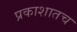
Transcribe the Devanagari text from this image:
प्रकाशातच